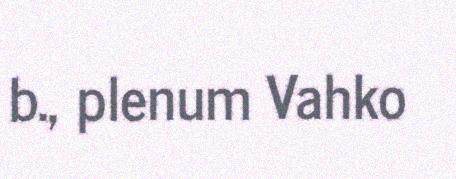
b., plenum Vahko